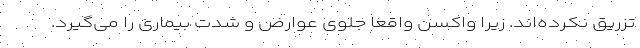
تزریق نکرده‌اند. زیرا واکسن واقعا جلوی عوارض و شدت بیماری را می‌گیرد.